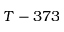
T - 3 7 3